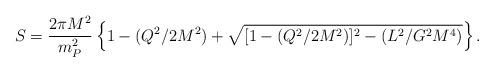
LaTeX: \begin{align*}S= {2\pi M^2 \over m_P^2} \left\{1 - (Q^2/2M^2) +\sqrt{[1-(Q^2/2M^2)]^2 - (L^2/G^2 M^4)}\right\}.\end{align*}